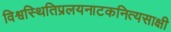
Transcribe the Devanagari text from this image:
विश्वस्थितिप्रलयनाटकनित्यसाक्षी